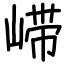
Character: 𫶇